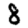
Digit: 8